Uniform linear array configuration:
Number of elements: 12
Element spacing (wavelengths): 1
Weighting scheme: cosine
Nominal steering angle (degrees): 0
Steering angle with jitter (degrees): -0.7528
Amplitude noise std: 0.05
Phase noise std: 0.05

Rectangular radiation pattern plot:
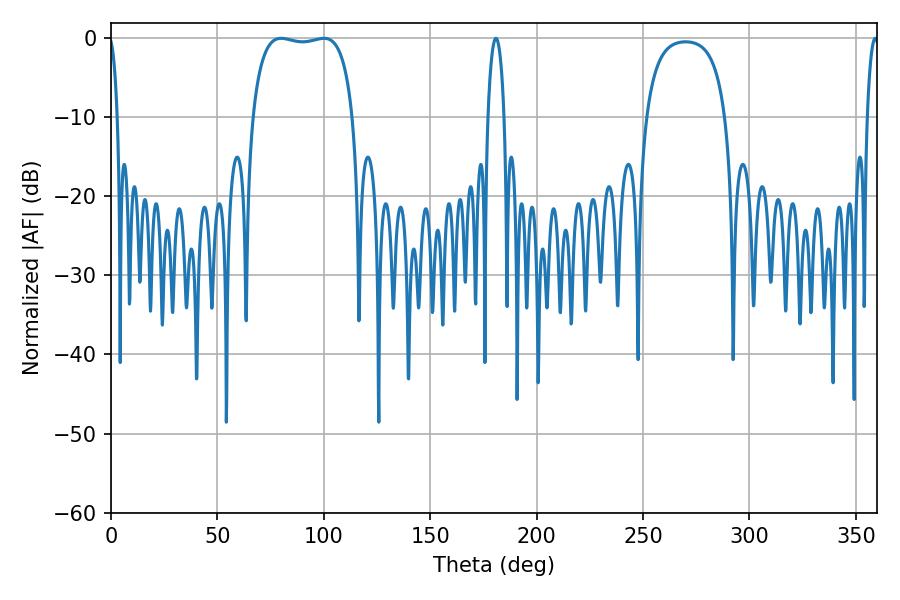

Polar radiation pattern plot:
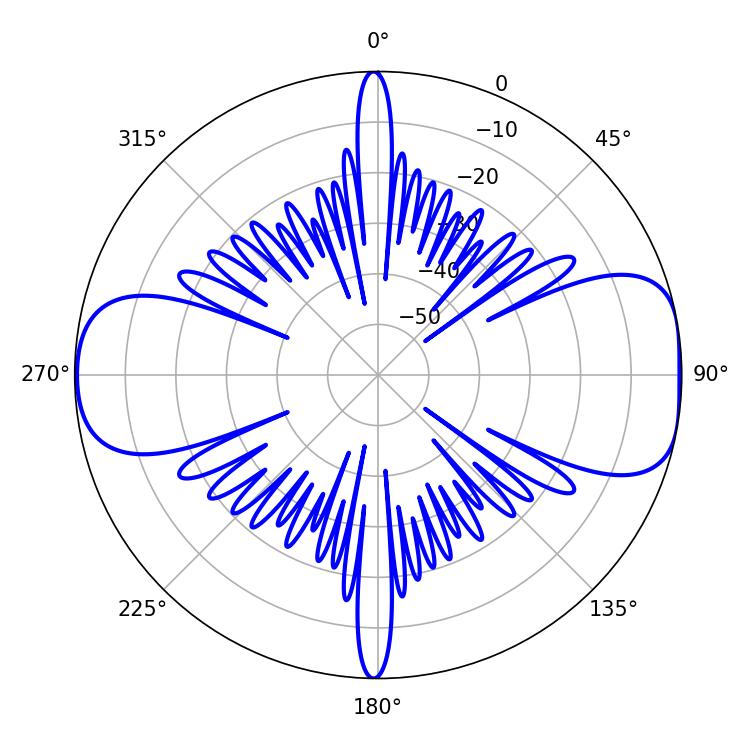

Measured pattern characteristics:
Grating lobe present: TRUE
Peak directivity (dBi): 9.475
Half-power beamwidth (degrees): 37.8
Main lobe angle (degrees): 79.92